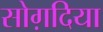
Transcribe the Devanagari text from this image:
सोग़दिया